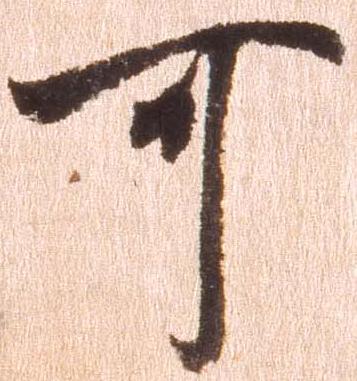
可